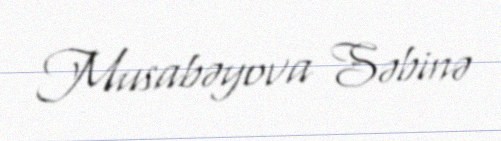
Musabəyova Səbinə